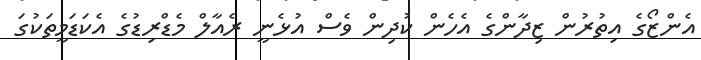
އެންޒޯގެ އިތުރުން ޒިދާންގެ އެހެން ކުދިން ވެސް އުޅެނީ ރެއާލް މެޑްރިޑުގެ އެކަޑަމީތަކުގަ